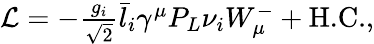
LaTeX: \begin{array}{r}{{\cal L}=-{\frac{g_{i}}{\sqrt{2}}}\bar{l}_{i}\gamma^{\mu}P_{L}\nu_{i}W_{\mu}^{-}+\textrm{H.C.},}\end{array}